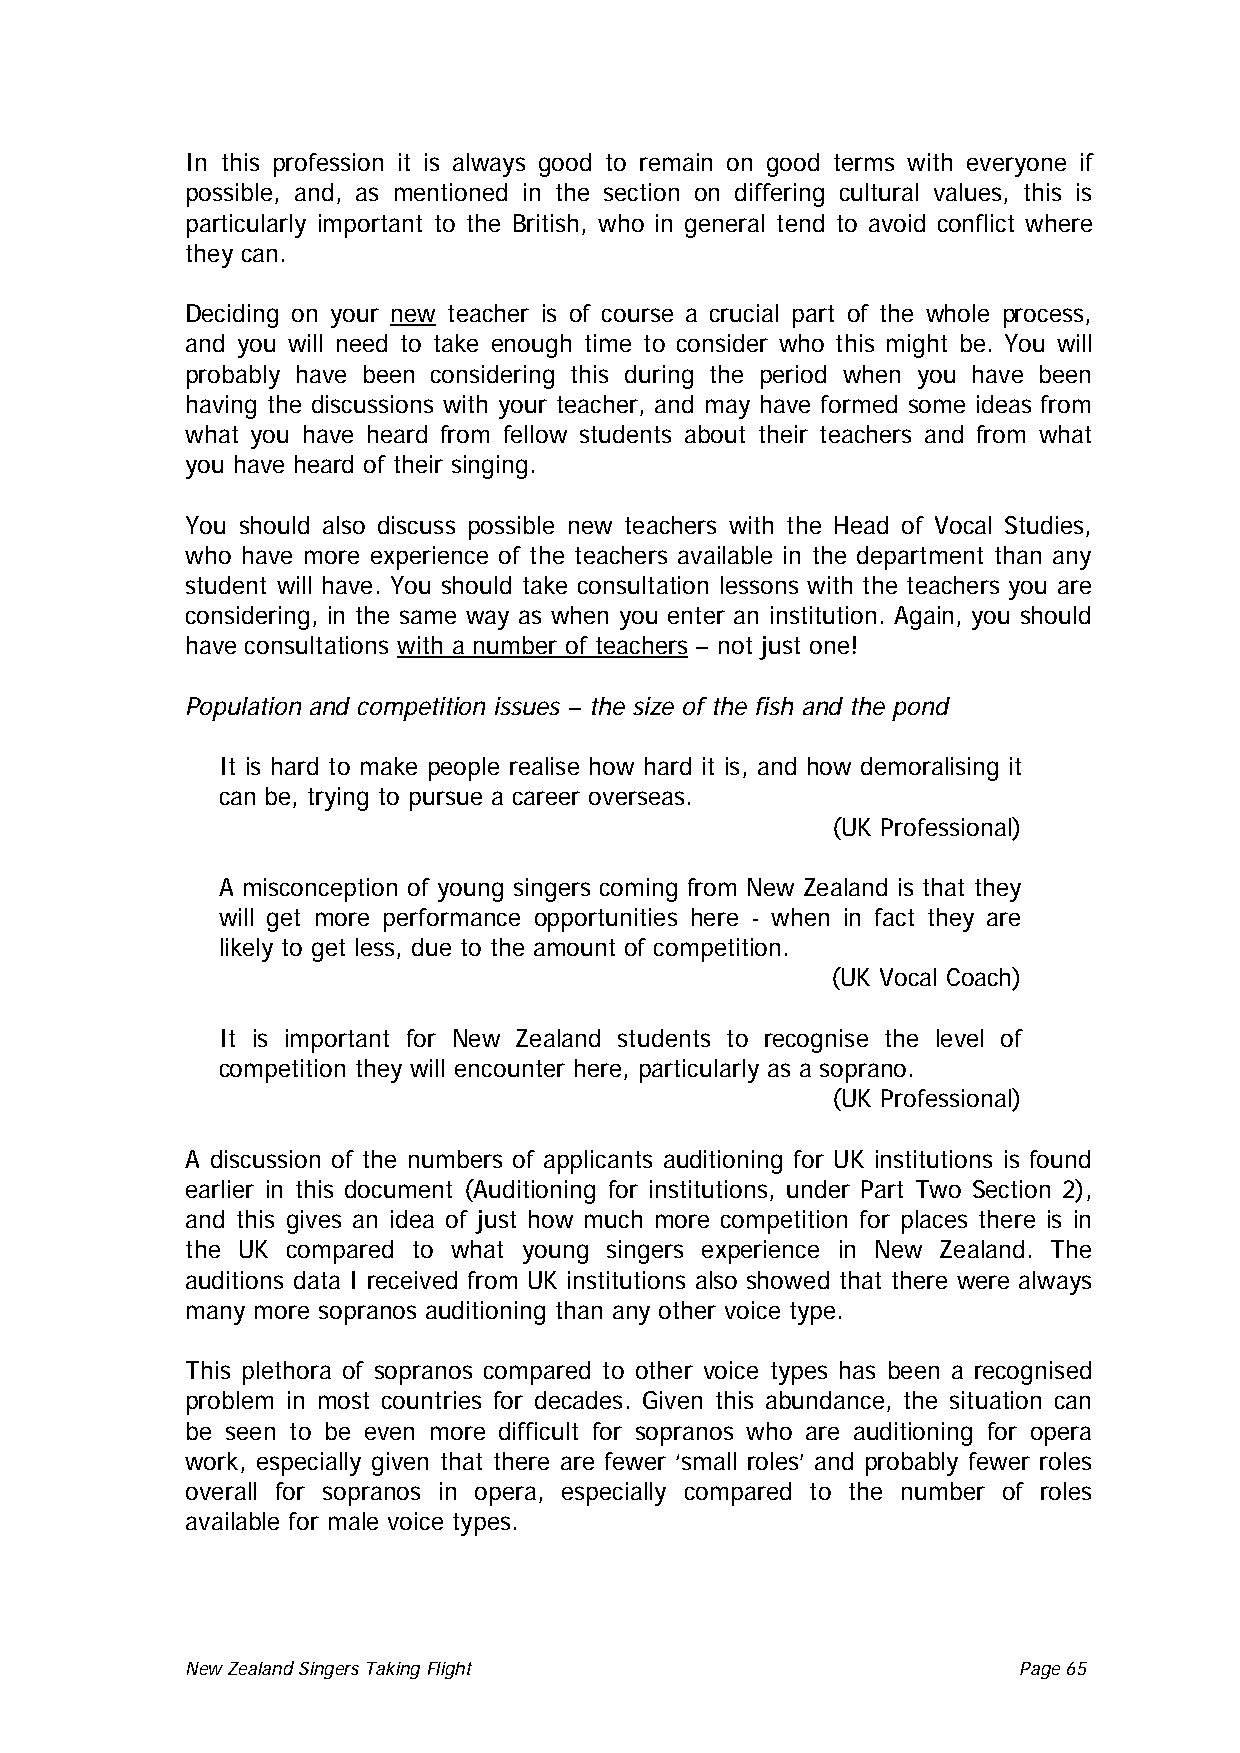
In this profession it is always good to remain on good terms with everyone if
 possible, and, as mentioned in the section on differing cultural values, this is
 particularly important to the British, who in general tend to avoid conflict where
 they can.
 Deciding on your new teacher is of course a crucial part of the whole process,
 and you will need to take enough time to consider who this might be. You will
 probably have been considering this during the period when you have been
 having the discussions with your teacher, and may have formed some ideas from
 what you have heard from fellow students about their teachers and from what
 you have heard of their singing.
 You should also discuss possible new teachers with the Head of Vocal Studies,
 who have more experience of the teachers available in the department than any
 student will have. You should take consultation lessons with the teachers you are
 considering, in the same way as when you enter an institution. Again, you should
 have consultations with a number of teachers – not just one!
 Population and competition issues – the size of the fish and the pond
 It is hard to make people realise how hard it is, and how demoralising it
 can be, trying to pursue a career overseas.
 (UK Professional)
 A misconception of young singers coming from New Zealand is that they
 will get more performance opportunities here - when in fact they are
 likely to get less, due to the amount of competition.
 (UK Vocal Coach)
 It is important for New Zealand students to recognise the level of
 competition they will encounter here, particularly as a soprano.
 (UK Professional)
 A discussion of the numbers of applicants auditioning for UK institutions is found
 earlier in this document (Auditioning for institutions, under Part Two Section 2),
 and this gives an idea of just how much more competition for places there is in
 the UK compared to what young singers experience in New Zealand. The
 auditions data I received from UK institutions also showed that there were always
 many more sopranos auditioning than any other voice type.
 This plethora of sopranos compared to other voice types has been a recognised
 problem in most countries for decades. Given this abundance, the situation can
 be seen to be even more difficult for sopranos who are auditioning for opera
 work, especially given that there are fewer ‘small roles’ and probably fewer roles
 overall for sopranos in opera, especially compared to the number of roles
 available for male voice types.
 New Zealand Singers Taking Flight Page 65